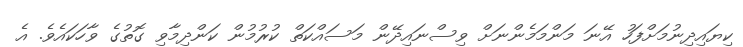
ކިޔައިދިނުމަށްފަހު އޭނަ މަންމަމެންނަށް ވިސްނައިދޭން މަސައްކަތް ކުރުމުން ކަންދިމާވި ގޮތުގެ ވާހަކައެވެ. އެ